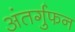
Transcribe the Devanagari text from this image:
अंतर्गुफन